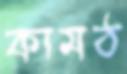
কামঠ